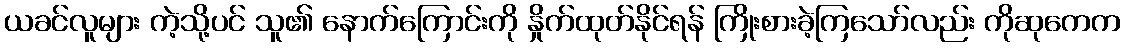
ယခင်လူများ ကဲ့သို့ပင် သူ၏ နောက်ကြောင်းကို နှိုက်ထုတ်နိုင်ရန် ကြိုးစားခဲ့ကြသော်လည်း ကိုဆုကေက